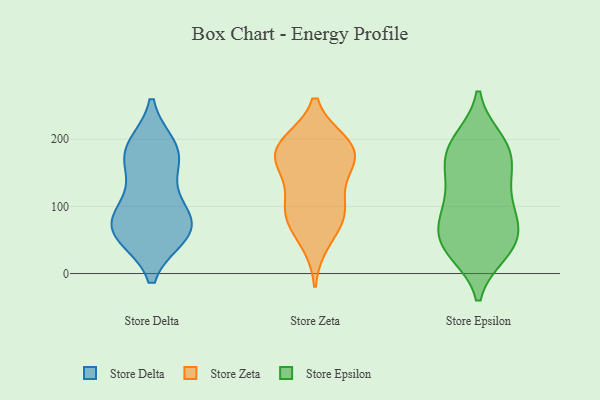
{"axis": {"x": "Market Share (%)", "y": "Value"}, "legend": ["Store Delta", "Store Epsilon", "Store Zeta"], "data": [{"x": "", "y": 188, "type": "Store Delta"}, {"x": "", "y": 69, "type": "Store Delta"}, {"x": "", "y": 68, "type": "Store Delta"}, {"x": "", "y": 182, "type": "Store Delta"}, {"x": "", "y": 177, "type": "Store Delta"}, {"x": "", "y": 91, "type": "Store Delta"}, {"x": "", "y": 58, "type": "Store Delta"}, {"x": "", "y": 58, "type": "Store Delta"}, {"x": "", "y": 115, "type": "Store Delta"}, {"x": "", "y": 168, "type": "Store Delta"}, {"x": "", "y": 69, "type": "Store Delta"}, {"x": "", "y": 88, "type": "Store Zeta"}, {"x": "", "y": 47, "type": "Store Zeta"}, {"x": "", "y": 190, "type": "Store Zeta"}, {"x": "", "y": 183, "type": "Store Zeta"}, {"x": "", "y": 194, "type": "Store Zeta"}, {"x": "", "y": 191, "type": "Store Zeta"}, {"x": "", "y": 172, "type": "Store Zeta"}, {"x": "", "y": 82, "type": "Store Zeta"}, {"x": "", "y": 151, "type": "Store Zeta"}, {"x": "", "y": 94, "type": "Store Zeta"}, {"x": "", "y": 156, "type": "Store Zeta"}, {"x": "", "y": 101, "type": "Store Zeta"}, {"x": "", "y": 37, "type": "Store Epsilon"}, {"x": "", "y": 164, "type": "Store Epsilon"}, {"x": "", "y": 72, "type": "Store Epsilon"}, {"x": "", "y": 132, "type": "Store Epsilon"}, {"x": "", "y": 127, "type": "Store Epsilon"}, {"x": "", "y": 200, "type": "Store Epsilon"}, {"x": "", "y": 110, "type": "Store Epsilon"}, {"x": "", "y": 32, "type": "Store Epsilon"}, {"x": "", "y": 197, "type": "Store Epsilon"}, {"x": "", "y": 162, "type": "Store Epsilon"}, {"x": "", "y": 66, "type": "Store Epsilon"}, {"x": "", "y": 76, "type": "Store Epsilon"}, {"x": "", "y": 200, "type": "Store Epsilon"}, {"x": "", "y": 31, "type": "Store Epsilon"}, {"x": "", "y": 176, "type": "Store Epsilon"}, {"x": "", "y": 167, "type": "Store Epsilon"}, {"x": "", "y": 45, "type": "Store Epsilon"}, {"x": "", "y": 37, "type": "Store Epsilon"}, {"x": "", "y": 79, "type": "Store Epsilon"}, {"x": "", "y": 92, "type": "Store Epsilon"}]}